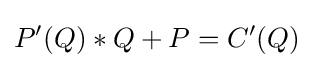
P'(Q)*Q+P=C'(Q)